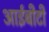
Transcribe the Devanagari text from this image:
आईबीटी